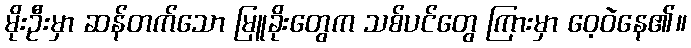
မိုးဦးမှာ ဆန်တက်သော မြူခိုးတွေက သစ်ပင်တွေ ကြားမှာ ဝေ့ဝဲနေ၏။